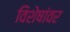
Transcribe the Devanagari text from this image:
विशेषांवर